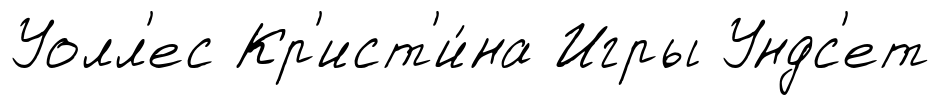
Уолл'ес Кр'ист'и́на Игры Ундс'ет